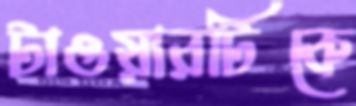
টাওয়ারটিকে